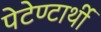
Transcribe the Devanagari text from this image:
पेटेण्टार्थी